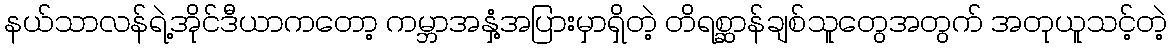
နယ်သာလန်ရဲ့အိုင်ဒီယာကတော့ ကမ္ဘာအနှံ့အပြားမှာရှိတဲ့ တိရစ္ဆာန်ချစ်သူတွေအတွက် အတုယူသင့်တဲ့